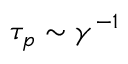
\tau _ { p } \sim \gamma ^ { - 1 }